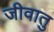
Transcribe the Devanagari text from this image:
जीवातु